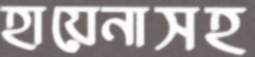
হায়েনাসহ